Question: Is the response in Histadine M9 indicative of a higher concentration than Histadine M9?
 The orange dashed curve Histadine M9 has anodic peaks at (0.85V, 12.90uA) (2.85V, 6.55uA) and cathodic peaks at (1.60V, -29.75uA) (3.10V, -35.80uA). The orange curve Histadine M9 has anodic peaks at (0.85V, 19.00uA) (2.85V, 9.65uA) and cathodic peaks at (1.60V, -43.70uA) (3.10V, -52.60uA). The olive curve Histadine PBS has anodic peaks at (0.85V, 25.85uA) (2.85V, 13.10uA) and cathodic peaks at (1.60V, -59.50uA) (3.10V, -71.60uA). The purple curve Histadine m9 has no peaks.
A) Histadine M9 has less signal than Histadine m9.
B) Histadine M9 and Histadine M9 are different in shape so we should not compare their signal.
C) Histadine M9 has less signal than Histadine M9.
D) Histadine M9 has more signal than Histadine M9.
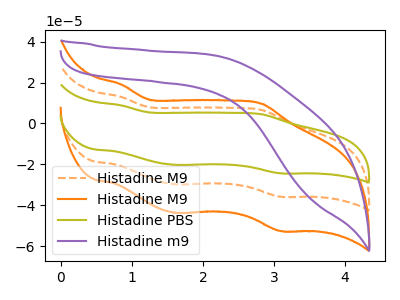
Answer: <think>All the peaks in "Histadine M9" have a peak in "Histadine M9" at the same potential. Every peak in "Histadine M9" is higher than every peak in "Histadine M9".
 </think>
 <answer>D) "Histadine M9" has more signal than "Histadine M9".</answer>
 <eval>D</eval>